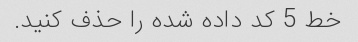
خط 5 کد داده شده را حذف کنید.